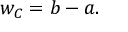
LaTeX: w _ { C } = b - a .